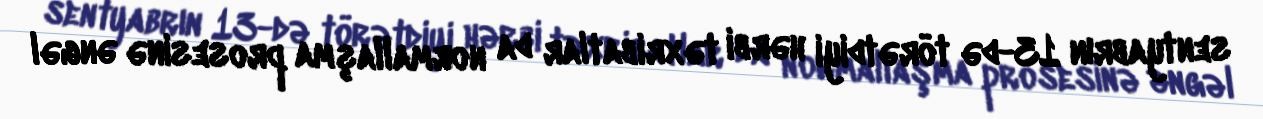
sentyabrın 13-də törətdiyi hərbi təxribatlar da normallaşma prosesinə əngəl